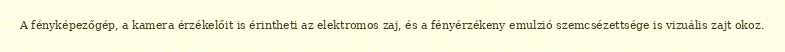
A fényképezőgép, a kamera érzékelőit is érintheti az elektromos zaj, és a fényérzékeny emulzió szemcsézettsége is vizuális zajt okoz.